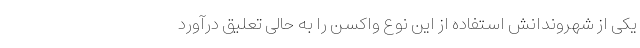
یکی از شهروندانش استفاده از این نوع واکسن را به حالی تعلیق درآورد